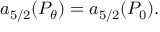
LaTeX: a _ { 5 / 2 } ( P _ { \theta } ) = a _ { 5 / 2 } ( P _ { 0 } ) .